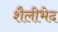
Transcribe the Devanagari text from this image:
शैलीभेद